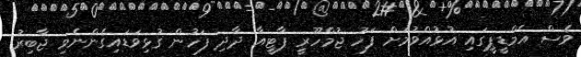
ވެސް އެމްޑީޕީގައި އުޅުއްވުމަށް ފަހު ޖުމްހޫރީ ޕާޓީއާ ދާދި ފަހުން ގުޅިވަޑައިގެންނެވި ޖާބިރު